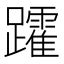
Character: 𮜩